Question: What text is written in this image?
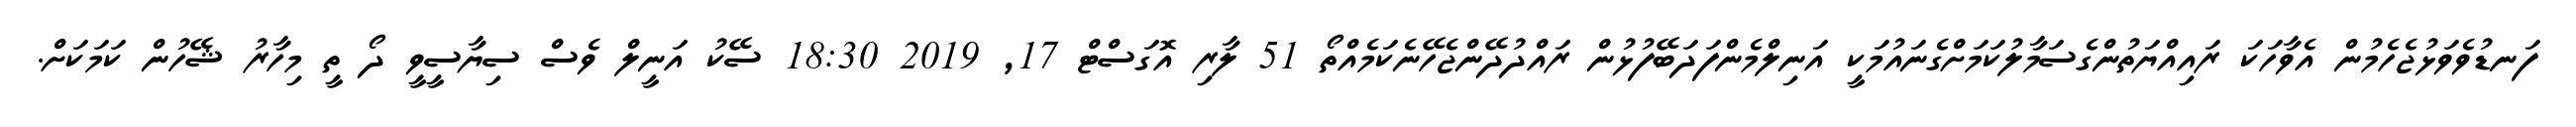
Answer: ފަނޑުވެވަޅުޖެހެމުން އެވާހަކަ ރައިއްޔަތުންގެސަމާލުކަމަށްގެނައުމަކީ އަނިލްމެންފަދަބޭފުޅުން ރައްދުދޭންޖެހޭނެކަމެއްތޯ 51 ލާރި އޮގަސްޓް 17, 2019 18:30 ސޭކު އަނީލް ވެސް ސިޔާސީވީ ދޯ ތީ މިހާރު ޝޭހުން ކަމަކަށް.